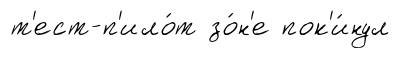
т'ест-п'ило́т зо́н'е пок'и́нул